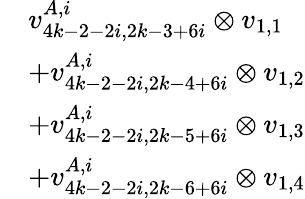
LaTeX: \begin{array}{rl}&{v_{4k-2-2i,2k-3+6i}^{A,i}\otimes v_{1,1}}\\ &{+v_{4k-2-2i,2k-4+6i}^{A,i}\otimes v_{1,2}}\\ &{+v_{4k-2-2i,2k-5+6i}^{A,i}\otimes v_{1,3}}\\ &{+v_{4k-2-2i,2k-6+6i}^{A,i}\otimes v_{1,4}}\end{array}